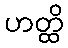
ဟတ္ထိ